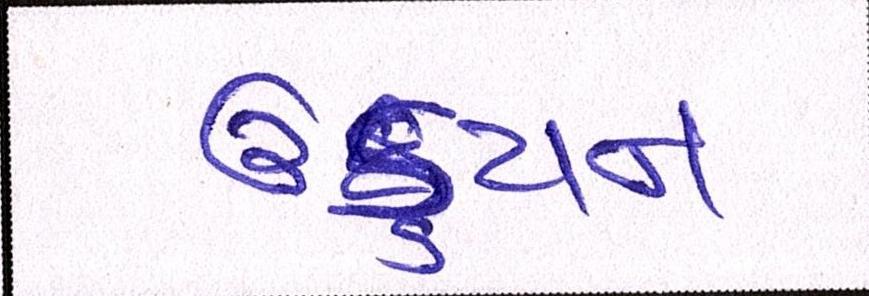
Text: ઉડ્ડયન